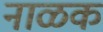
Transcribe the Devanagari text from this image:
नाळक